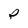
Character: P